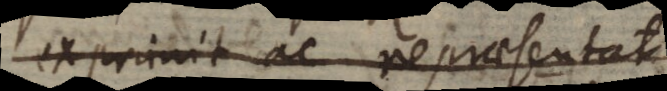
exprimit ac repraesentat